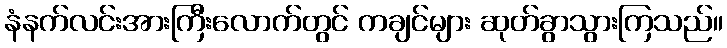
နံနက်လင်းအားကြီးလောက်တွင် ကချင်များ ဆုတ်ခွာသွားကြသည်။